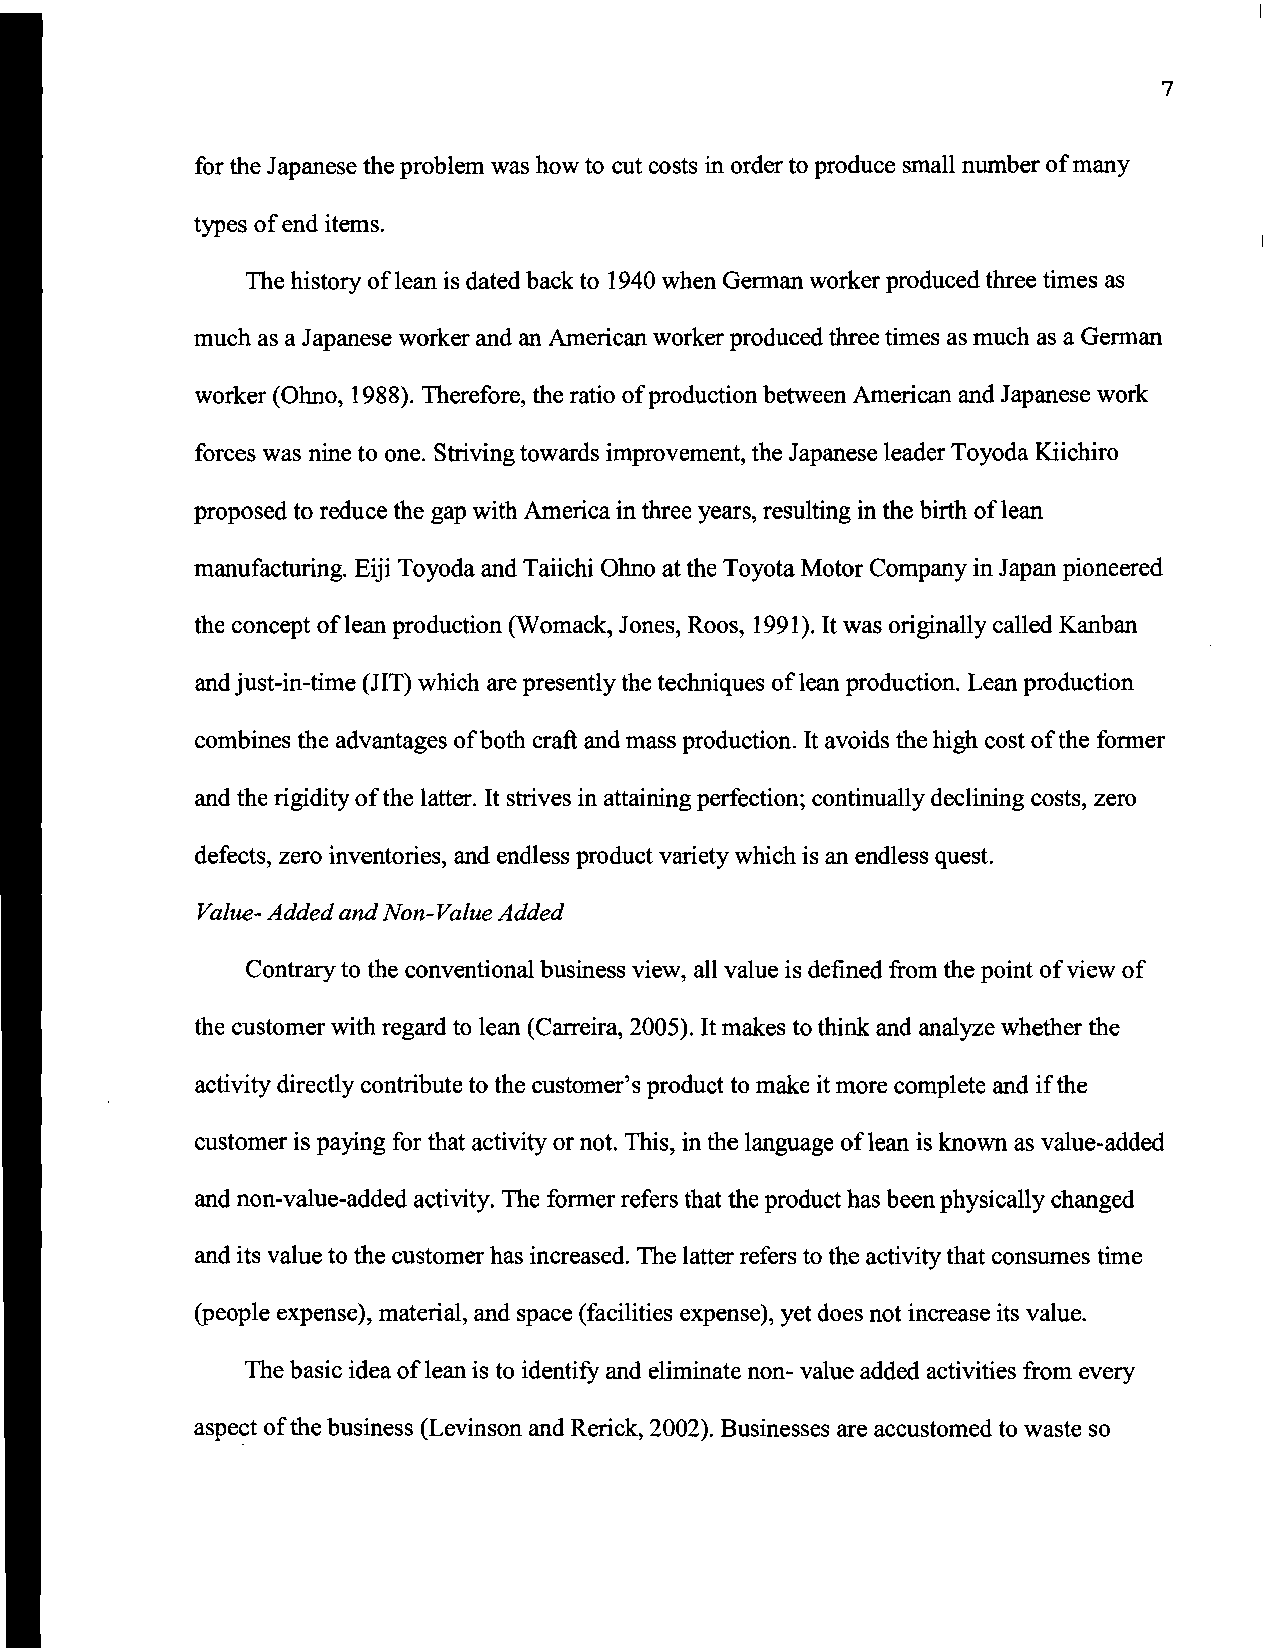
7
 for the Japanese the problem was how to cut costs in order to produce small number ofmany
 types of end items.
 The history of lean is dated back to 1940 when German worker produced three times as
 much as a Japanese worker and an American worker produced three times as much as a German
 worker (0000, 1988). Therefore, the ratio ofproduction between American and Japanese work
 forces was nine to one. Striving towards improvement, the Japanese leader Toyoda Kiichiro
 proposed to reduce the gap with America in three years, resulting in the birth of lean
 manufacturing. Eiji Toyoda and Taiichi 0000 at the Toyota Motor Company in Japan pioneered
 the concept of lean production (Womack, Jones, Roos, 1991). It was originally called Kanban
 and just-in-time (JIT) which are presently the techniques oflean production. Lean production
 combines the advantages ofboth craft and mass production. It avoids the high cost ofthe former
 and the rigidity ofthe latter. It strives in attaining perfection; continually declining costs, zero
 defects, zero inventories, and endless product variety which is an endless quest.
 Value- Added and Non-Value Added
 Contrary to the conventional business view, all value is defined from the point ofview of
 the customer with regard to lean (Carreira, 2005). Itmakes to think and analyze whether the
 activity directly contribute to the customer's product to make it more complete and ifthe
 customer is paying for that activity or not. This, in the language of lean is known as value-added
 and non-value-added activity. The former refers that the product has been physically changed
 and its value to the customer has increased. The latter refers to the activity that consumes time
 (people expense), material, and space (facilities expense), yet does not increase its value.
 The basic idea of lean is to identify and eliminate non- value added activities from every
 aspect ofthe business (Levinson and Rerick, 2002). Businesses are accustomed to waste so